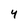
Character: 4